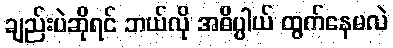
ချည်းပဲဆိုရင် ဘယ်လို အဓိပ္ပါယ် ထွက်နေမလဲ